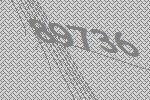
89736